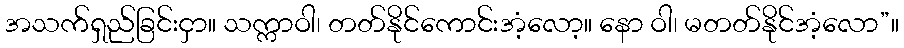
အသက်ရှည်ခြင်းငှာ။ သက္ကာဝါ၊ တတ်နိုင်ကောင်းအံ့လော့။ နော ဝါ၊ မတတ်နိုင်အံ့လော”။